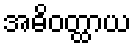
အဓိဝတ္ထာယ